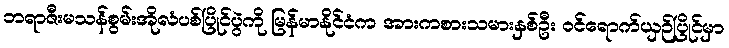
ဘရာဇီးမသန်စွမ်းအိုလံပစ်ပြိုင်ပွဲကို မြန်မာနိုင်ငံက အားကစားသမားနှစ်ဦး ဝင်ရောက်ယှဉ်ပြိုင်မှာ